65_HS1-834228961_62-HQ-83894_Section_2
Agency: FBI
Page 74
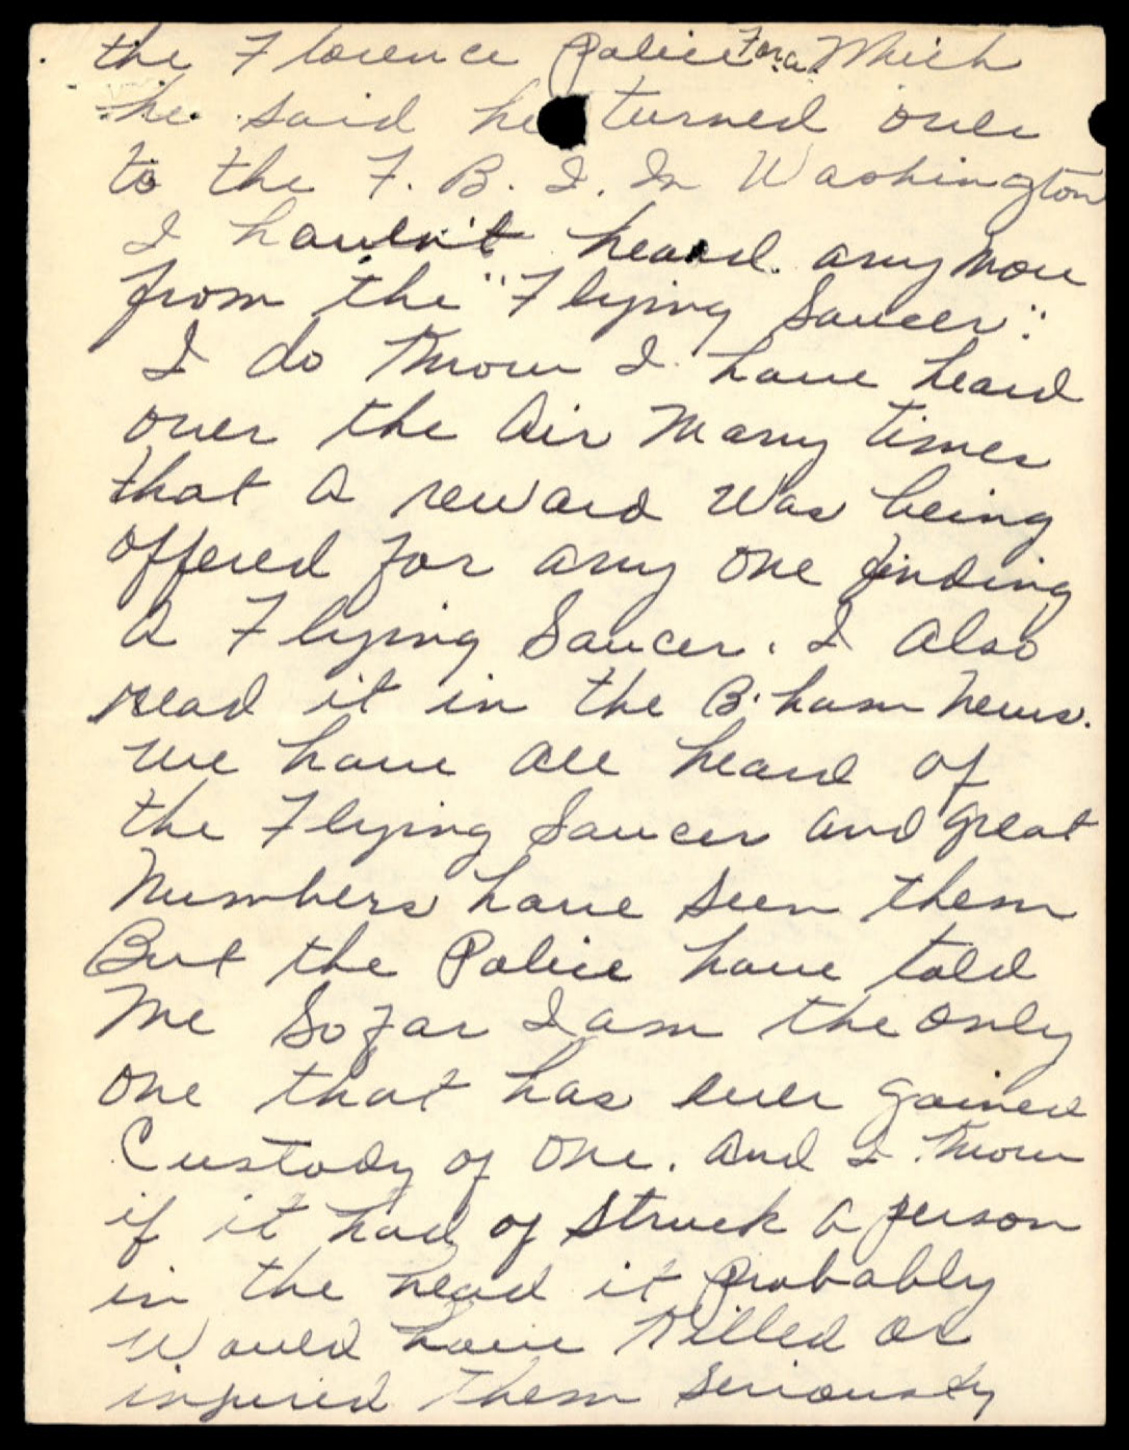